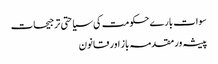
سوات بارے حکومت کی سیاحتی ترجیحات
پیشہ ور مقدمہ باز اور قانون